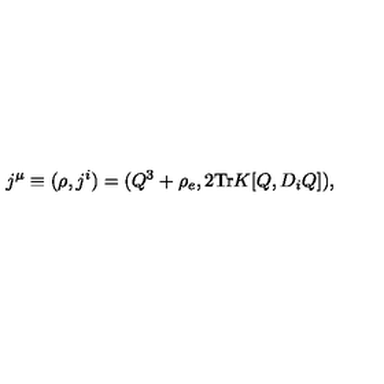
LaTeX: j ^ { \mu } \equiv ( \rho , j ^ { i } ) = ( Q ^ { 3 } + \rho _ { e } , 2 \mathrm { T r } K [ Q , D _ { i } Q ] ) ,